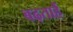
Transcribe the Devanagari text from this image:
बढ़ताहैं